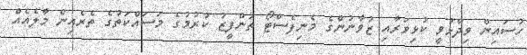
ހުސައިން ވިދާޅުވީ ކުޅިވަރާއި ޒުވާނުންގެ މެނިފެސްޓޯ ތަންފީޒު ކުރުމުގެ މަސައްކަތުގެ ތެރެއިން މާލެއެއް